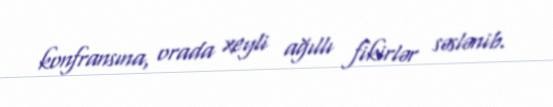
konfransına, orada xeyli ağıllı fikirlər səslənib.